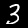
Label: 3